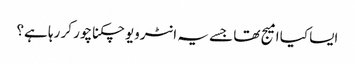
ایسا کیا امیج تھا جسے یہ انٹرویو چکناچور کر رہا ہے؟